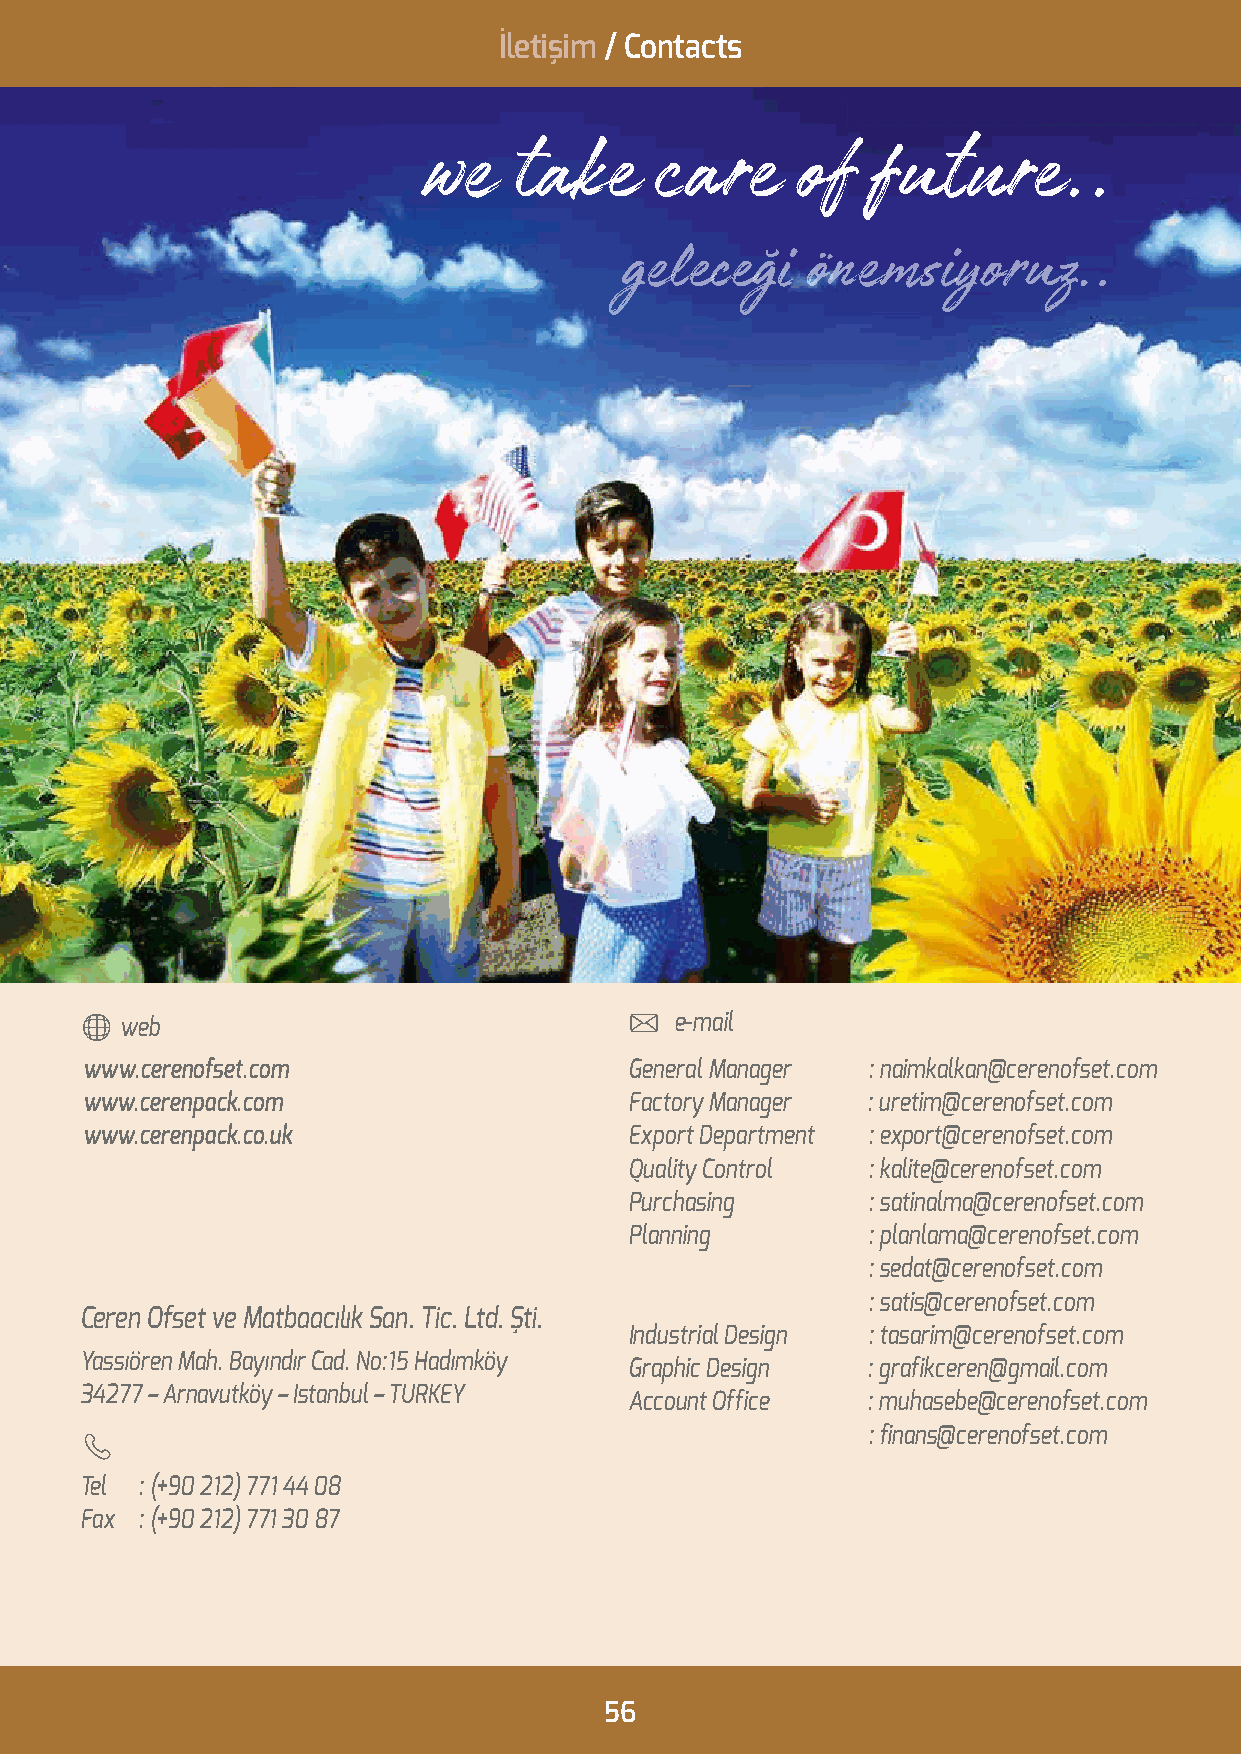
İletişim / Contacts
 we    take     care      of   future..
 geleceği    önemsiyoruz..
 web                                  e-mail
 www.cerenofset.com                   General Manager : naimkalkan@cerenofset.com
 www.cerenpack.com                    Factory Manager : uretim@cerenofset.com
 www.cerenpack.co.uk                  Export Department : export@cerenofset.com
 Quality Control : kalite@cerenofset.com
 Purchasing     : satinalma@cerenofset.com
 Planning       : planlama@cerenofset.com
 : sedat@cerenofset.com
 : satis@cerenofset.com
 Ceren Ofset ve Matbaacılık San. Tic. Ltd. Şti.
 Industrial Design : tasarim@cerenofset.com
 Yassıören Mah. Bayındır Cad. No:15 Hadımköy
 Graphic Design : grafikceren@gmail.com
 34277 – Arnavutköy – Istanbul – TURKEY
 Account Office : muhasebe@cerenofset.com
 : finans@cerenofset.com
 Tel : (+90 212) 771 44 08
 Fax : (+90 212) 771 30 87
 56